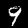
Digit: 9